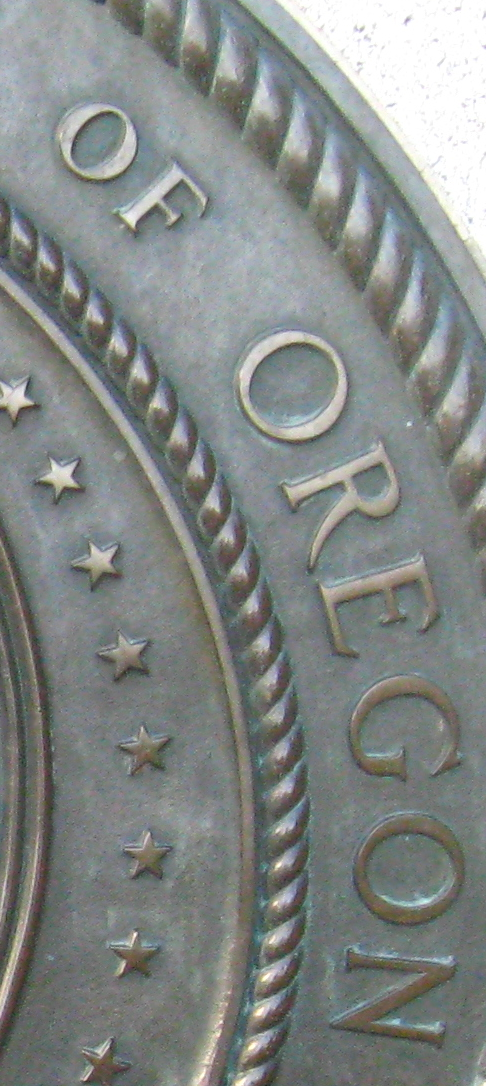
OF OREGON